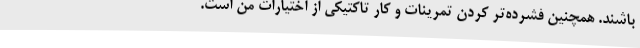
باشند. همچنین فشرده‌تر کردن تمرینات و کار تاکتیکی از اختیارات من است.